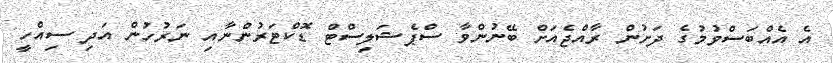
އެ އެއްބަސްވުމުގެ ދަށުން ރާއްޖެއަށް ބޭނުންވާ ސްޕެޝަލިސްޓް ޑޮކްޓަރުންނާއި ނަރުހުން އަދި ސިއްހީ